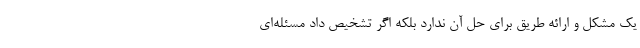
یک مشکل و ارائه طریق برای حل آن ندارد بلکه اگر تشخیص داد مسئله‌ای